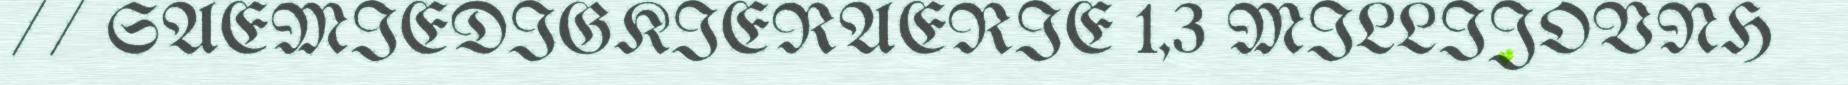
// SAEMIEDIGKIERAERIE 1,3 MILLIJOVNH